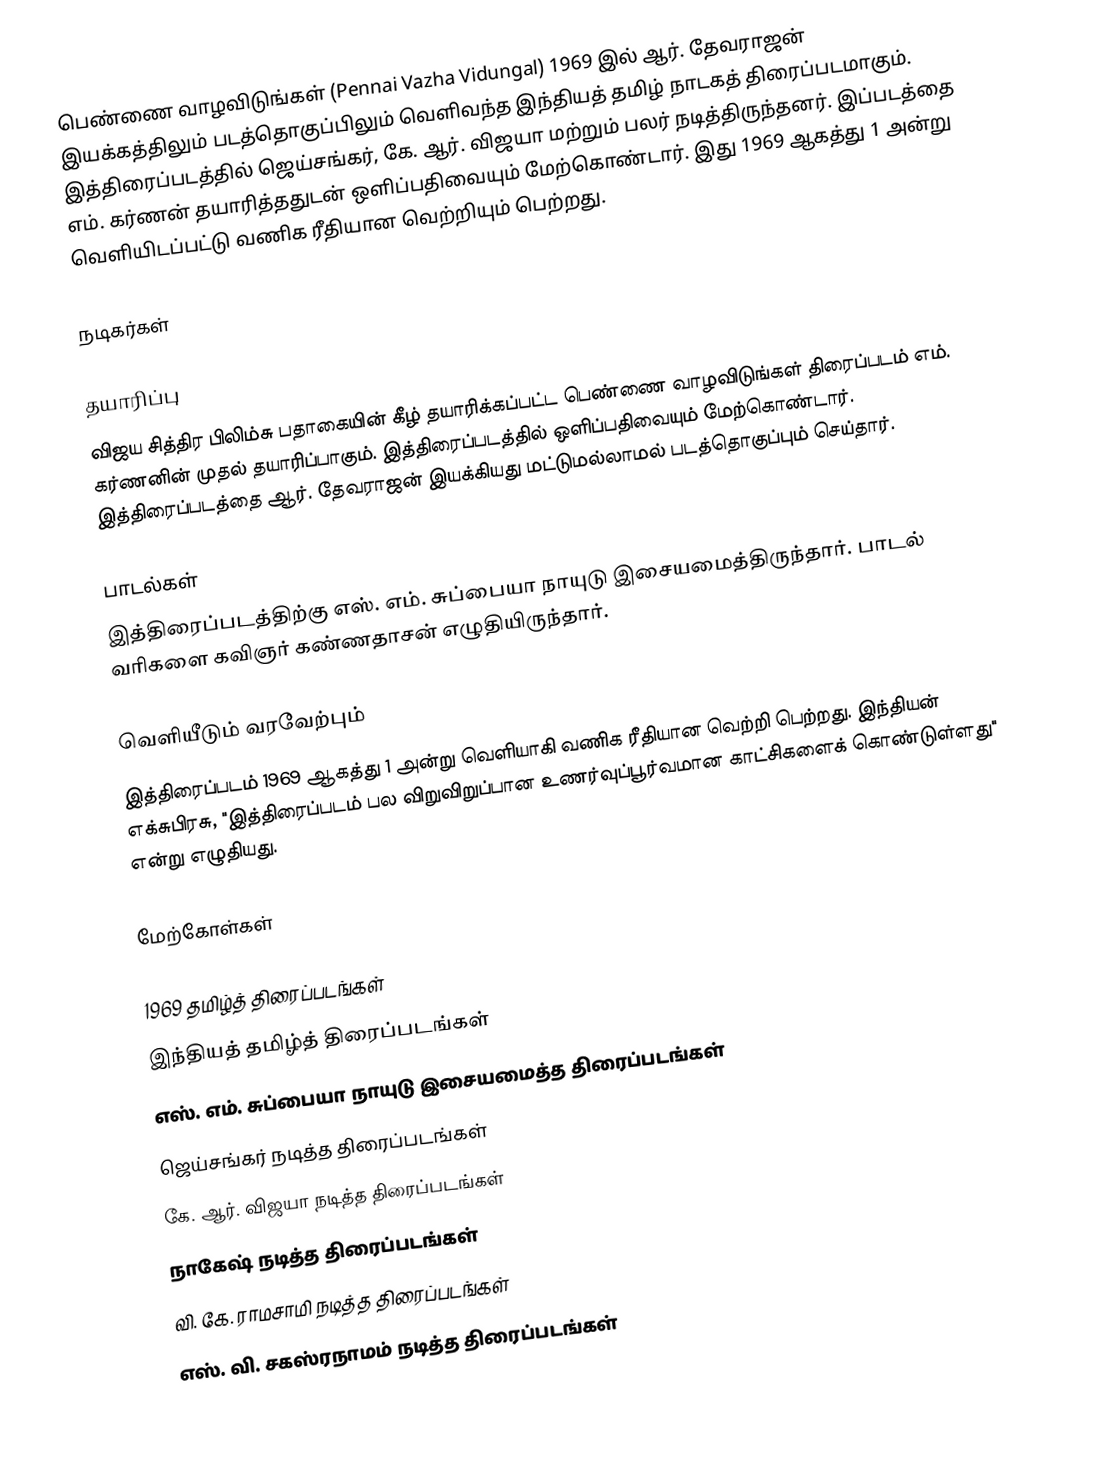
பெண்ணை வாழவிடுங்கள் (Pennai Vazha Vidungal) 1969 இல் ஆர். தேவராஜன் இயக்கத்திலும் படத்தொகுப்பிலும் வெளிவந்த இந்தியத் தமிழ் நாடகத் திரைப்படமாகும். இத்திரைப்படத்தில் ஜெய்சங்கர், கே. ஆர். விஜயா மற்றும் பலர் நடித்திருந்தனர். இப்படத்தை எம். கர்ணன் தயாரித்ததுடன் ஒளிப்பதிவையும் மேற்கொண்டார். இது 1969 ஆகத்து 1 அன்று வெளியிடப்பட்டு வணிக ரீதியான வெற்றியும் பெற்றது.

நடிகர்கள்

தயாரிப்பு
விஜய சித்திர பிலிம்சு பதாகையின் கீழ் தயாரிக்கப்பட்ட பெண்ணை வாழவிடுங்கள் திரைப்படம் எம். கர்ணனின் முதல் தயாரிப்பாகும். இத்திரைப்படத்தில் ஒளிப்பதிவையும் மேற்கொண்டார். இத்திரைப்படத்தை ஆர். தேவராஜன் இயக்கியது மட்டுமல்லாமல் படத்தொகுப்பும் செய்தார்.

பாடல்கள்
இத்திரைப்படத்திற்கு எஸ். எம். சுப்பையா நாயுடு இசையமைத்திருந்தார். பாடல் வரிகளை கவிஞர் கண்ணதாசன் எழுதியிருந்தார்.

வெளியீடும் வரவேற்பும்
இத்திரைப்படம் 1969 ஆகத்து 1 அன்று வெளியாகி வணிக ரீதியான வெற்றி பெற்றது. இந்தியன் எக்சுபிரசு, "இத்திரைப்படம் பல விறுவிறுப்பான உணர்வுப்பூர்வமான காட்சிகளைக் கொண்டுள்ளது" என்று எழுதியது.

மேற்கோள்கள்

1969 தமிழ்த் திரைப்படங்கள்
இந்தியத் தமிழ்த் திரைப்படங்கள்
எஸ். எம். சுப்பையா நாயுடு இசையமைத்த திரைப்படங்கள்
ஜெய்சங்கர் நடித்த திரைப்படங்கள்
கே. ஆர். விஜயா நடித்த திரைப்படங்கள்
நாகேஷ் நடித்த திரைப்படங்கள்
வி. கே. ராமசாமி நடித்த திரைப்படங்கள்
எஸ். வி. சகஸ்ரநாமம் நடித்த திரைப்படங்கள்